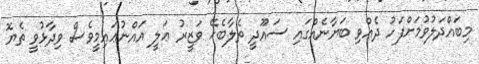
މިބައްދަލުވުމަށްފަހު ދެއްވި ބަޔާނެއްގައި ސައޫދީ ތެލާބެހޭ ވަޒީރު ޢަލީ އައްނުޢައިމީވެސް ވިދާޅުވީ ތެޔޮ